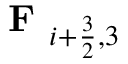
\textbf { F } _ { i + \frac { 3 } { 2 } , 3 }